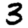
Digit: 3